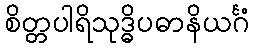
စိတ္တပါရိသုဒ္ဓိပဓာနိယင်္ဂံ